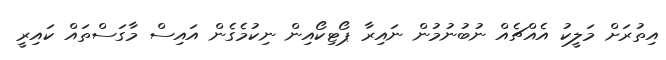
އިތުރަށް މަލީކު އެއްޗެއް ނުބުނުމުން ނައިރާ ޕޯޓިކޯއިން ނިކުމެގެން އައިސް މާގަސްތައް ކައިރީ